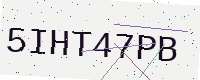
Text: 5IHT47PB